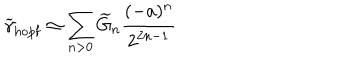
\widetilde \gamma _ { \mathrm { h o p f } } \simeq \sum _ { n > 0 } \widetilde { G } _ { n } { \frac { ( - a ) ^ { n } } { 2 ^ { 2 n - 1 } } }